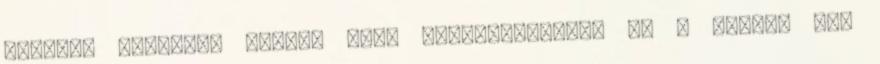
illetve biztosan vannak szép tengerpartjaik is - ezeket nem